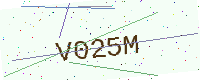
Text: V025M